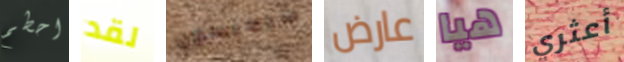
احطم لقد سيمبسون عارض هيا أعثري